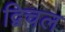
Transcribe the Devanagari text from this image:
द्विचल